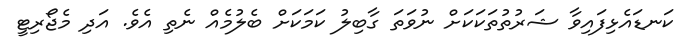
ކަނޑައެޅިފައިވާ ޝަރުތުތަކަކަށް ނުވަތަ ގާބިލު ކަމަކަށް ބެލުމެއް ނެތި އެވެ. އަދި މެޖޯރިޓީ